Annual report on the mental hospital in the Central Provinces and Berar (Nagpur) - 1927-1951
Year: 1927
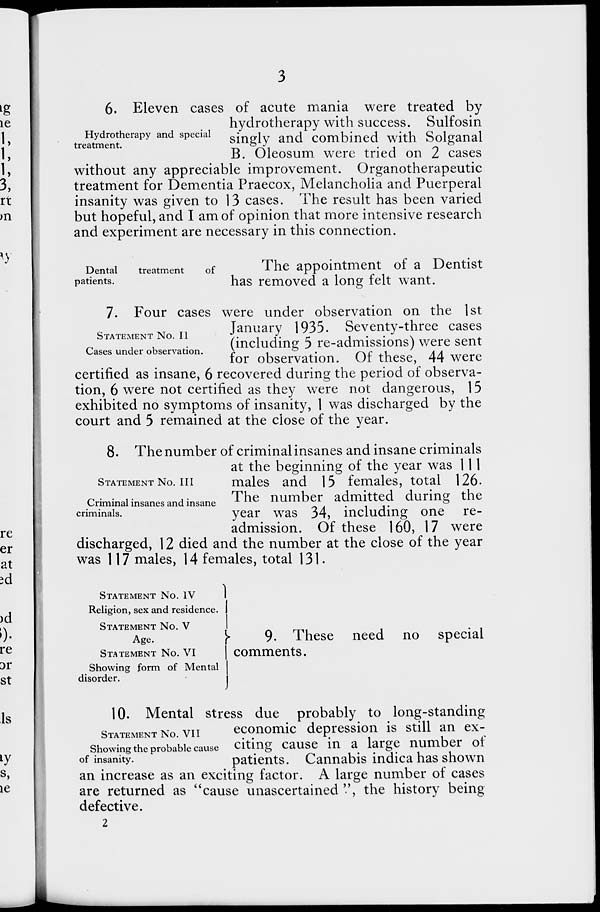
3
Hydrotherapy and special
treatment.
6. Eleven cases of acute mania were treated by
hydrotherapy with success. Sulfosin
singly and combined with Solganal
B. Oleosum were tried on 2 cases
without any appreciable improvement. Organotherapeutic
treatment for Dementia Praecox, Melancholia and Puerperal
insanity was given to 13 cases. The result has been varied
but hopeful, and I am of opinion that more intensive research
and experiment are necessary in this connection.
Dental
treatment
of
patients.
The appointment of a Dentist
has removed a long felt want.
STATEMENT No. II
Cases under observation.
7. Four cases were under observation on the 1st
January 1935. Seventy-three cases
(including 5 re-admissions) were sent
for observation. Of these, 44 were
certified as insane, 6 recovered during the period of observa-
tion, 6 were not certified as they were not dangerous, 15
exhibited no symptoms of insanity, 1 was discharged by the
court and 5 remained at the close of the year.
STATEMENT No. III
Criminal insanes and insane
criminals.
8. The number of criminal insanes and insane criminals
at the beginning of the year was 111
males and 15 females, total 126.
The number admitted during the
year was 34, including one re-
admission. Of these 160, 17 were
discharged, 12 died and the number at the close of the year
was 117 males, 14 females, total 131.
STATEMENT No. IV
Religion, sex and residence.
STATEMENT No. V
Age.
STATEMENT No. VI
Showing form of Mental
disorder.
9. These need no special
comments.
STATEMENT No. VII
Showing the probable cause
of insanity.
10. Mental stress due probably to long-standing
economic depression is still an ex-
citing cause in a large number of
patients. Cannabis indica has shown
an increase as an exciting factor. A large number of cases
are returned as "cause unascertained", the history being
defective.
2